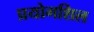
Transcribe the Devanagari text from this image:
प्रयोगशिल